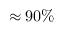
\approx 9 0 \%